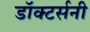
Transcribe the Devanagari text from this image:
डॉक्टर्सनी